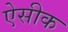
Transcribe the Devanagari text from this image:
ऐसीक